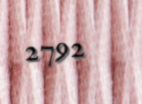
2792